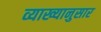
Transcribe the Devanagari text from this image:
व्याख्यानुसार